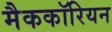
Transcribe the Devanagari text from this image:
मैककॉरियन